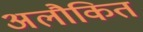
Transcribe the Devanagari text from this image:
अलौकित